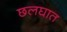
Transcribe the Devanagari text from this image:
छलघात